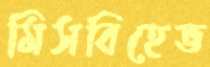
মিসবিহেভ